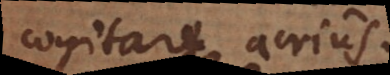
cogitare acrius.